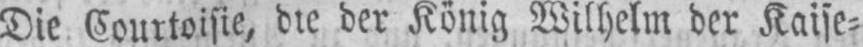
Die Courtoisie, die der König Wilhelm der Kaise⸗